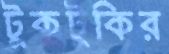
টুকটুকির